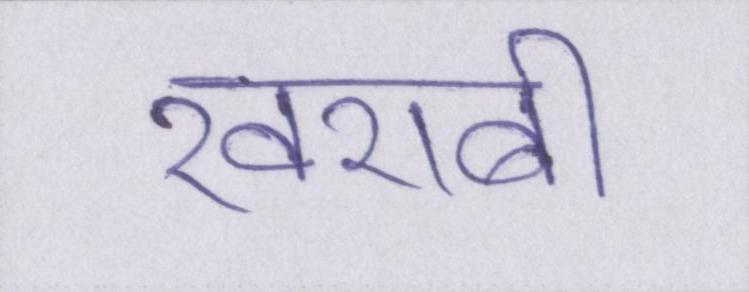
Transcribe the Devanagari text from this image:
खराबी